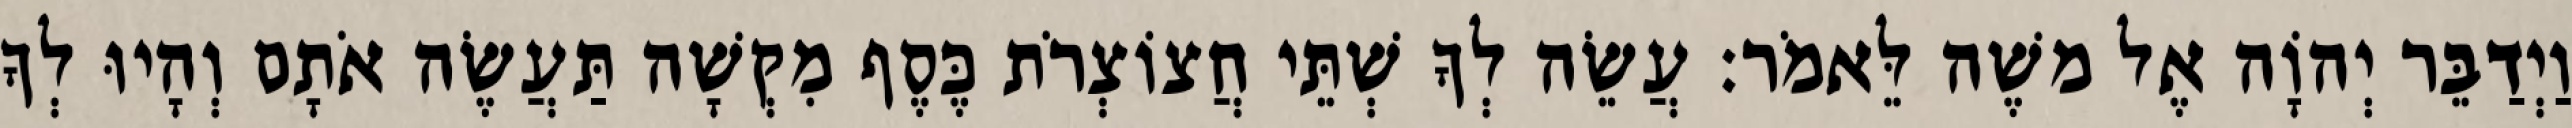
וַיְדַבֵּר יְהוָֹה אֶל משֶׁה לֵּאמֹר׃ עֲשֵׂה לְךָ שְׁתֵּי חֲצוֹצְרֹת כֶּסֶף מִקְשָׁה תַּעֲשֶׂה אֹתָם וְהָיוּ לְךָ